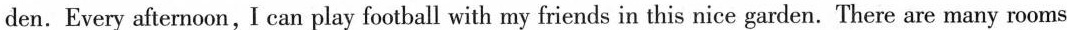
den.Every afternoon，I can play football with my friends in this nice garden. There are many rooms